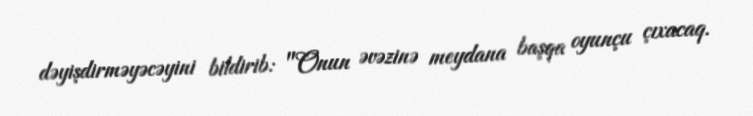
dəyişdirməyəcəyini bildirib: "Onun əvəzinə meydana başqa oyunçu çıxacaq.